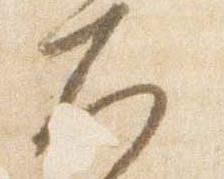
大